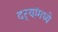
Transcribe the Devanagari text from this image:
दर्‍यांमध्ये